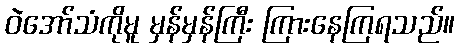
ဝဲအော်သံကိုမူ မှန်မှန်ကြီး ကြားနေကြရသည်။